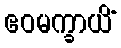
ဧဝမက္ခာယိံ